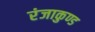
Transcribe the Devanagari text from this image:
रंजाकुण्ड